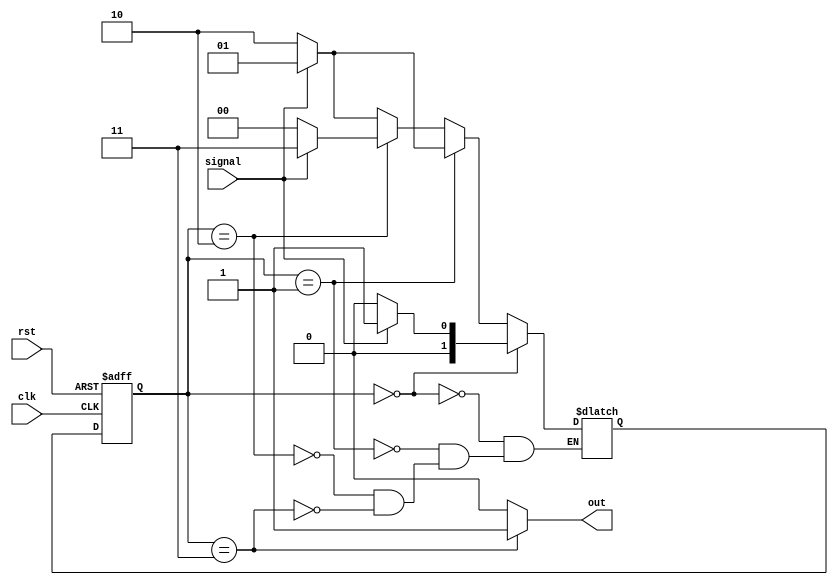
module cd_101(clk,signal,out,rst);
  input clk,rst,signal;
  output out;
  parameter s0=2'b00,s1=2'b01,s2=2'b10,s3=2'b11;
  reg [1:0]ps,ns;
  always@(posedge clk,negedge rst) //clk reset condition 
    begin
      if(!rst)
        ps<=s0;
       else
        ps<=ns;      
    end
  //chanege in state 
  always@(ps,signal)
    begin
      if(ps==s0)
        ns<=(signal==1)?s1:s0;
      else if(ps==s1)
        ns<=(signal==0)?s2:s1;
      else if(ps==s2)
        ns<=(signal==1)?s3:s0;
      else if(ps==s3)
        ns<=(signal==1)?s1:s2;
    end
  //output logic
  assign out=(ps==s3)?1:0;
endmodule